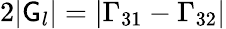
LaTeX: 2|\mathsf{G}_{l}|=|\Gamma_{31}-\Gamma_{32}|